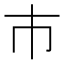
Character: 市